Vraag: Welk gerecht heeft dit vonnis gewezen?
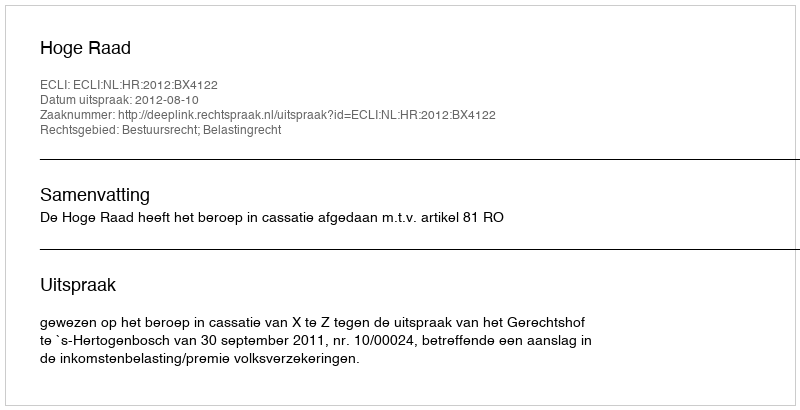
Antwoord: Hoge Raad